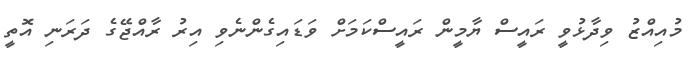
މުއިއްޒު ވިދާޅުވީ ރައީސް ޔާމީން ރައީސްކަމަށް ވަޑައިގެންނެވި އިރު ރާއްޖޭގެ ދަރަނި އޮތީ